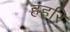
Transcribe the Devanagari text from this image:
हहरि